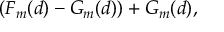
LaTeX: ~ ~ ~ ~ ~ ~ ~ ~ ~ ( F _ { m } ( d ) - G _ { m } ( d ) ) + G _ { m } ( d ) ,